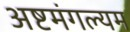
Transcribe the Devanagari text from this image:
अष्टमंगल्यम